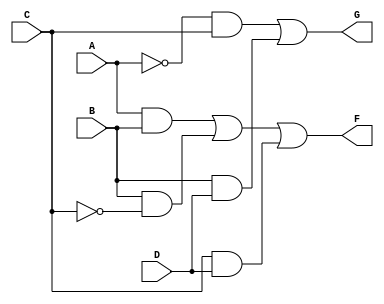
module comb_logic (
    input wire A,   // First input variable
    input wire B,   // Second input variable
    input wire C,   // Third input variable
    input wire D,   // Fourth input variable
    output wire F,  // First output variable
    output wire G   // Second output variable
);

// Simplified Boolean expressions derived from K-map
assign F = (A & B) | (B & ~C) | (C & D);  // F = AB + B'C + CD
assign G = (~A & C) | (B & D);            // G = A'C + BD

endmodule